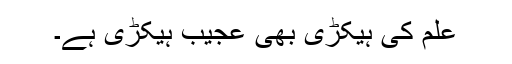
علم کی ہیکڑی بھی عجیب ہیکڑی ہے۔